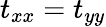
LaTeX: t_{xx}=t_{yy}